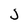
Character: J